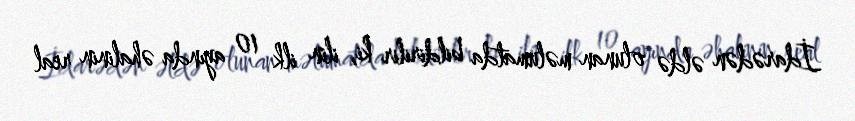
İdarədən əldə olunan məlumatda bildirilir ki, ilin ilk 10 ayında əhalinin real